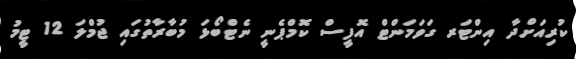
ކުރިއަށްދާ އިންޓަރ ގަވަމަންޓް އޮފީސް ކޮމްޕެނީ ނެޓްބޯޅަ މުބާރާތުގައި ޖުމްލަ 12 ޓީމު